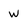
Character: W